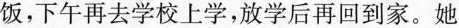
饭，下午再去学校上学，放学后再回到家。她